画像に写った文字を読んでください
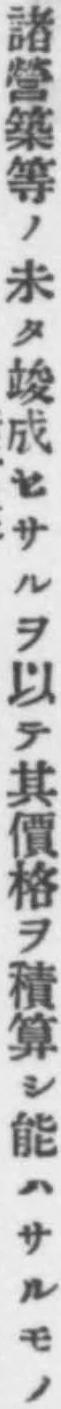
「諸營築等ノ未タ竣成セサルヲ以テ其價格ヲ積算シ能ハサルモノ」と書いてあります